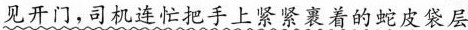
见开门，司机连忙把手上紧紧裹着的蛇皮袋层